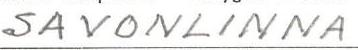
SAVONLINNA